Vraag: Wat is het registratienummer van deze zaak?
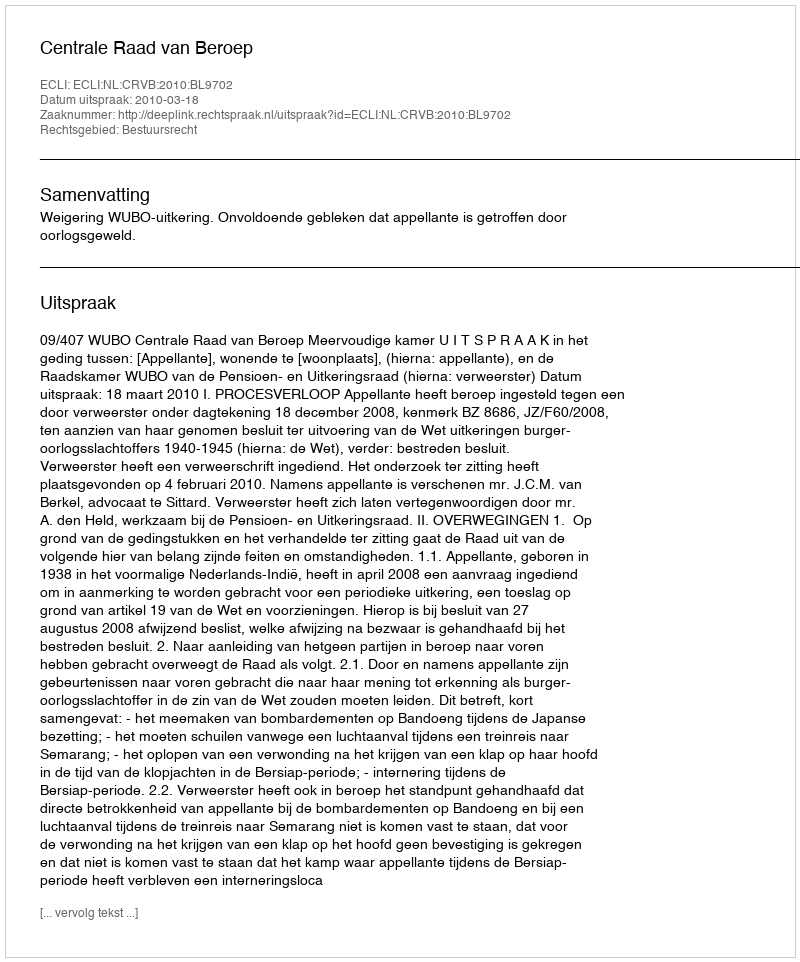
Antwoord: http://deeplink.rechtspraak.nl/uitspraak?id=ECLI:NL:CRVB:2010:BL9702